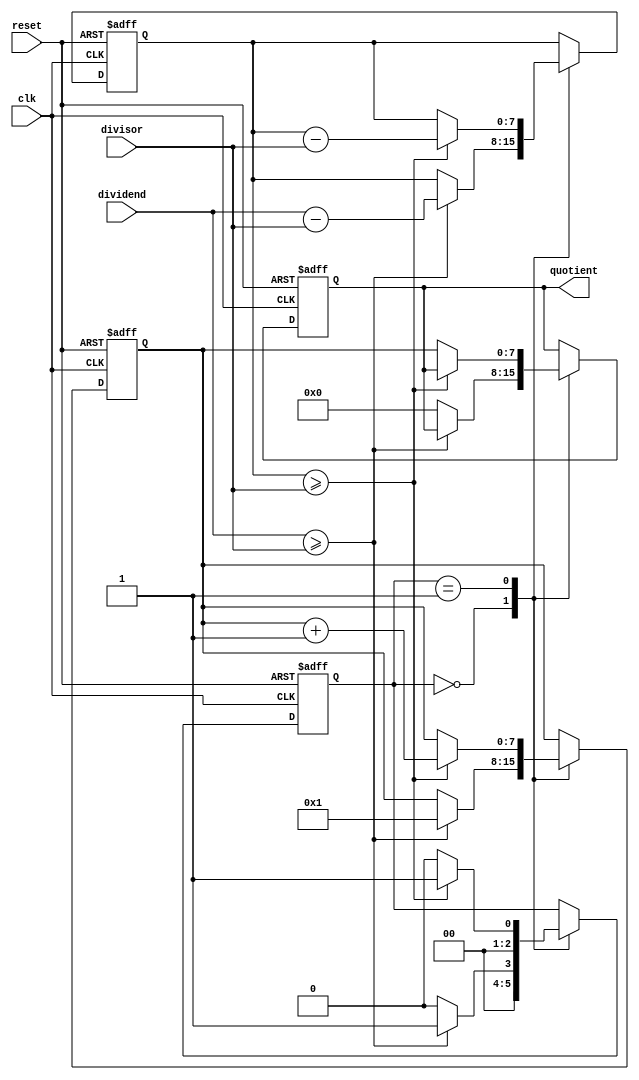
module Divider (
    input wire clk,
    input wire reset,
    input wire [7:0] dividend,
    input wire [7:0] divisor,
    output reg [7:0] quotient
);

reg [7:0] remainder;
reg [7:0] counter;
reg [2:0] state;

always @(posedge clk or posedge reset) begin
    if (reset) begin
        quotient <= 8'b0;
        remainder <= 8'b0;
        counter <= 8'b0;
        state <= 3'b0;
    end else begin
        case (state)
            3'b000: begin // Initialization state
                if (dividend >= divisor) begin
                    remainder <= dividend - divisor;
                    counter <= 8'b1;
                    state <= 3'b001; // Transition to subtraction state
                end else begin
                    quotient <= 8'b0;
                    state <= 3'b000; // Stay in initialization state
                end
            end
            3'b001: begin // Subtraction state
                if (remainder >= divisor) begin
                    remainder <= remainder - divisor;
                    counter <= counter + 1;
                    state <= 3'b001; // Stay in subtraction state
                end else begin
                    quotient <= counter;
                    state <= 3'b000; // Transition back to initialization state
                end
            end
        endcase
    end
end

endmodule